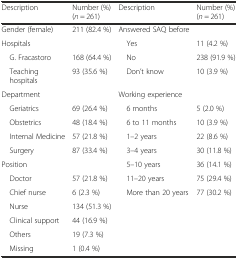
| Description | Number (%) (n = 261) | Description | Number (%) (n = 261) |
 | --- | --- | --- | --- |
 | Gender (female) | 211 (82.4 %) | Answered SAQ before |  |
 | Hospitals |  | Yes | 11 (4.2 %) |
 | G. Fracastoro | 168 (64.4 %) | No | 238 (91.9 %) |
 | Teaching hospitals | 93 (35.6 %) | Don’t know | 10 (3.9 %) |
 | Department |  | Working experience |  |
 | Geriatrics | 69 (26.4 %) | 6 months | 5 (2.0 %) |
 | Obstetrics | 48 (18.4 %) | 6 to 11 months | 10 (3.9 %) |
 | Internal Medicine | 57 (21.8 %) | 1–2 years | 22 (8.6 %) |
 | Surgery | 87 (33.4 %) | 3–4 years | 30 (11.8 %) |
 | Position |  | 5–10 years | 36 (14.1 %) |
 | Doctor | 57 (21.8 %) | 11–20 years | 75 (29.4 %) |
 | Chief nurse | 6 (2.3 %) | More than 20 years | 77 (30.2 %) |
 | Nurse | 134 (51.3 %) |  |  |
 | Clinical support | 44 (16.9 %) |  |  |
 | Others | 19 (7.3 %) |  |  |
 | Missing | 1 (0.4 %) |  |  |